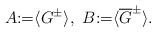
LaTeX: \begin{align*}A{:=}\langle G^{\pm}\rangle,\ B{:=}\langle \overline{G}^{\pm}\rangle.\end{align*}